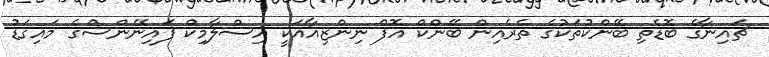
ޗައިނާގެ ބޮޑެތި ބޭންކުތަކުގެ ތެރެއިން ބޭންކް އޮފް ނިންޒިއާއަކީ އިސްލާމިކް ފައިނޭންސްގެ މައިގަޑު